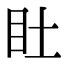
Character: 𥃾